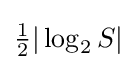
{\tfrac {1}{2}}\vert \log _{2}S\vert